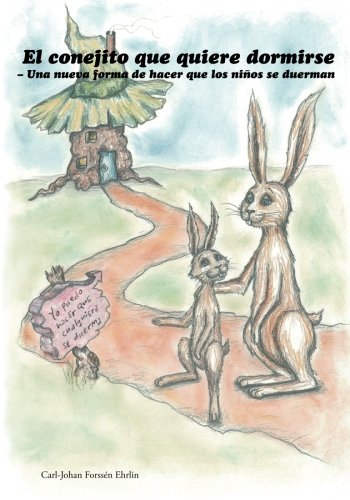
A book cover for El conejito que quiere dormirse: Una nueva forma de hacer que los niÃ±os se duerman (Spanish Edition); Carl-Johan ForssÃ©n Ehrlin; Children's Books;